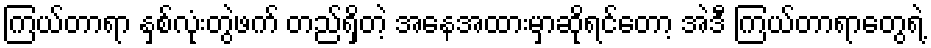
ကြယ်တာရာ နှစ်လုံးတွဲဖက် တည်ရှိတဲ့ အနေအထားမှာဆိုရင်တော့ အဲဒီ ကြယ်တာရာတွေရဲ့